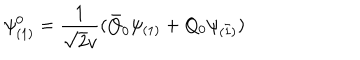
\psi _ { ( 1 ) } ^ { 0 } = \frac { 1 } { \sqrt { 2 } v } ( \bar { Q } _ { 0 } \psi _ { ( 1 ) } + Q _ { 0 } \psi _ { ( \bar { 1 } ) } )